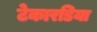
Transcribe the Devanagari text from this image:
टेकारडिया